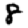
Digit: 8